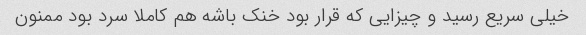
خیلی سریع رسید و چیزایی که قرار بود خنک باشه هم کاملا سرد بود ممنون